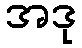
အဒု